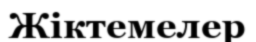
Жіктемелер